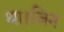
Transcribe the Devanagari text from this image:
था।जिन